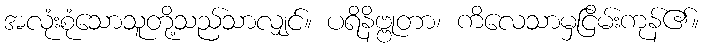
အလုံးစုံသောသူတို့သည်သာလျှင်။ ပရိနိဗ္ဗုတာ၊ ကိလေသာမှငြိမ်းကုန်၏။